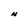
Character: N